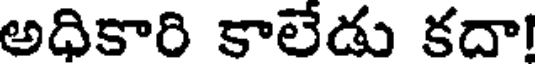
అధికారి కాలేడు కదా!